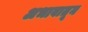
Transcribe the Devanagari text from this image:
अभावातून